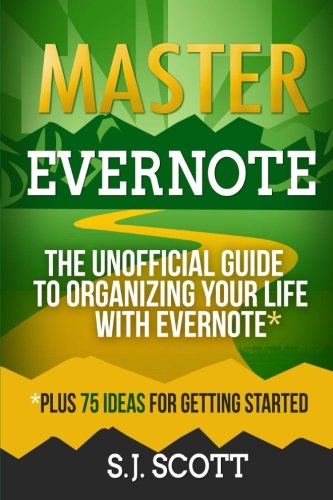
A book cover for Master Evernote: The Unofficial Guide to Organizing Your Life with Evernote  (Plus 75 Ideas for Getting Started); S.J. Scott; Business & Money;